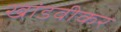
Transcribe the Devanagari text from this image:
खांडवीकर